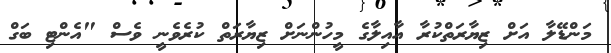
މަންޑޭލާ އަށް ޒިޔާރަތްކުރާ އާއިލާގެ މީހުންނަށް ޒިޔާރަތް ކުރެވެނީ ވެސް "އެންޓި ބަގް